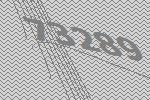
73289